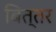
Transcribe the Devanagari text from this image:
बित्तर